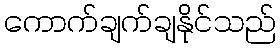
ကောက်ချက်ချနိုင်သည်